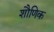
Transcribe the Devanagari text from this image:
शौणिक